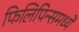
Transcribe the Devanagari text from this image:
फिलिपिन्समध्ये